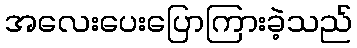
အလေးပေးပြောကြားခဲ့သည်